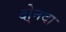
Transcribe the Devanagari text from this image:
दो्नदा